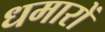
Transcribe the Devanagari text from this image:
धमारों